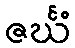
ဇင်္ဃံ